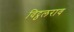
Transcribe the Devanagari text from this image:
विट्ठलराव